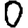
Digit: 0